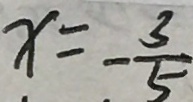
x = - \frac { 3 } { 5 }